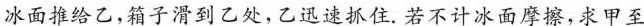
冰面推给乙，箱子滑到乙处，乙迅速抓住。若不计冰面摩擦，求甲至